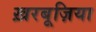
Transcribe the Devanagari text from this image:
ख़रबूज़िया